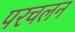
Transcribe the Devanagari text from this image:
परचलन